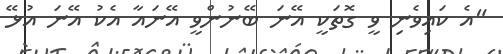
"އެ ކައިވެނި ވީ ގޮތަކީ އޭނަ ބޭނުންވީ އޭނައާ އެކު އޭނަ އުޅޭ